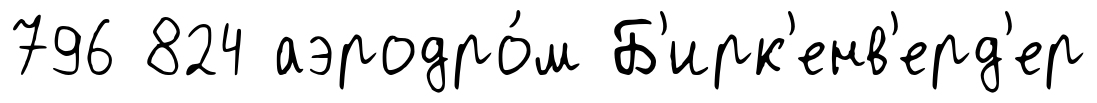
796 824 аэродро́м Б'ирк'енв'ерд'ер